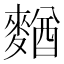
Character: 𪍑